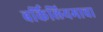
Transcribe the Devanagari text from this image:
बर्किलियमाचा